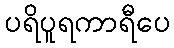
ပရိပူရကာရီပေ